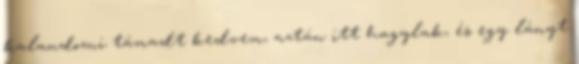
kalandozni támadt kedvem, aztán itt hagylak, és egy lányt